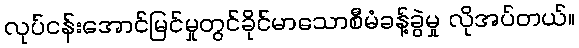
လုပ်ငန်းအောင်မြင်မှုတွင်ခိုင်မာသောစီမံခန့်ခွဲမှု လိုအပ်တယ်။